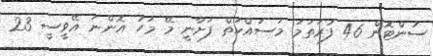
ސުންޓޮން 46 ފުރަތަމަ މަސައްކަތް ފަށާނީ މޭ މަހު އޮންނަ އޭވީސީ 23